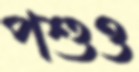
পশুও